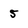
Character: 5